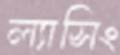
ল্যাসিং